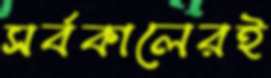
সর্বকালেরই